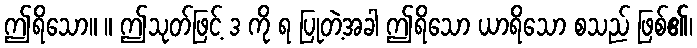
ဤရိသော။ ။ ဤသုတ်ဖြင့် ဒ ကို ရ ပြုတဲ့အခါ ဤရိသော ယာရိသော စသည် ဖြစ်၏၊